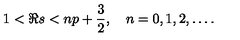
1 < \Re s < n p + \frac { 3 } { 2 } , \quad n = 0 , 1 , 2 , \ldots .